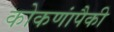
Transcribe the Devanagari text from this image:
कोकणांपैकी